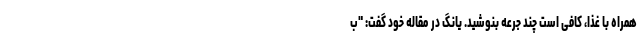
همراه با غذا، کافی است چند جرعه بنوشید. یانگ در مقاله خود گفت: "ب